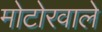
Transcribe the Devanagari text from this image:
मोटोरवाले